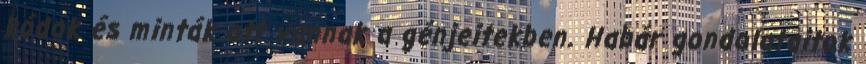
kódok és minták ott vannak a génjeitekben. Habár gondolataitok